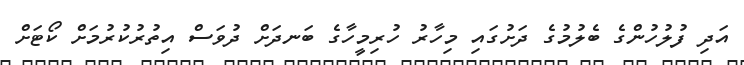
އަދި ފުލުހުންގެ ބެލުމުގެ ދަށުގައި މިހާރު ހުރިމީހާގެ ބަނދަށް ދުވަސް އިތުރުކުރުމަށް ކޯޓަށް